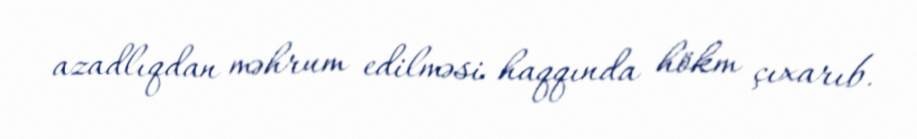
azadlıqdan məhrum edilməsi haqqında hökm çıxarıb.